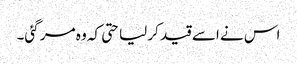
اس نے اسے قید کر لیا حتی کہ وہ مر گئی۔